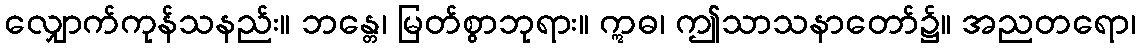
လျှောက်ကုန်သနည်း။ ဘန္တေ၊ မြတ်စွာဘုရား။ ဣဓ၊ ဤသာသနာတော်၌။ အညတရော၊